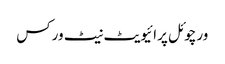
ورچوئل پرائیویٹ نیٹ ورکس